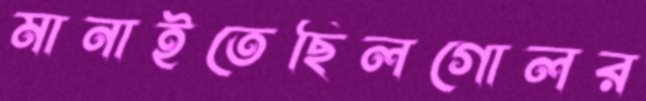
মানাইতেছিলগোলর